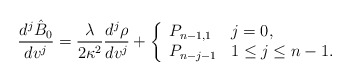
\begin{align*} \frac{d^j\hat{B}_0}{dv^j}=\frac{\lambda}{2\kappa^2}\frac{d^j\rho}{dv^j}+\left\{ \begin{array}{ll} P_{n-1,1} & j=0,\\ P_{n-j-1} & 1\leq j\leq n-1. \end{array}\right.\end{align*}